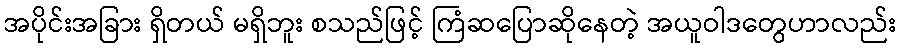
အပိုင်းအခြား ရှိတယ် မရှိဘူး စသည်ဖြင့် ကြံဆပြောဆိုနေတဲ့ အယူဝါဒတွေဟာလည်း